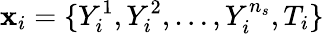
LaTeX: \mathbf{x}_{i}=\{ Y_{i}^{1},Y_{i}^{2},\ldots,Y_{i}^{n_{s}},T_{i}\}